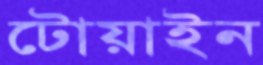
টোয়াইন